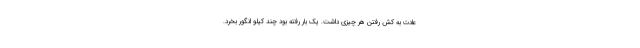
عادت به کش رفتن هر چیزی داشت. یک بار رفته بود چند کیلو انگور بخرد.